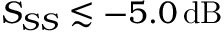
S _ { S S } \lesssim - 5 . 0 \, \mathrm { d B }